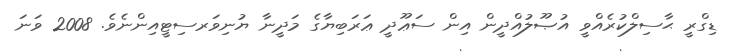
ޑިގްރީ ޙާސިލްކުރެއްވީ އުޞޫލުއްދީން އިން ސަޢޫދީ ޢަރަބިޔާގެ މަދީނާ ޔުނިވަރސިޓީއިންނެވެ. 2008 ވަނަ